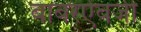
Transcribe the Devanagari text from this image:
बाबरऐवजी